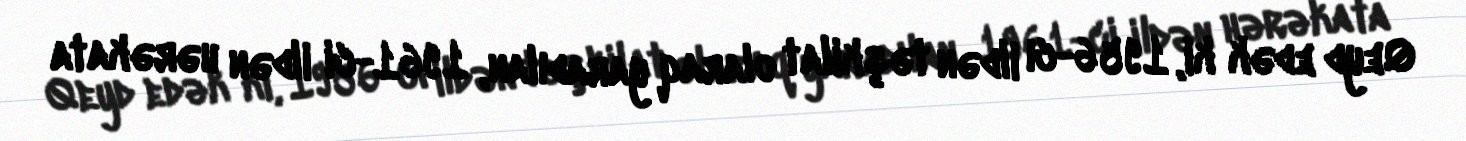
Qeyd edək ki, 1956-cı ildən təşkilat olaraq yaradılan, 1961-ci ildən hərəkata